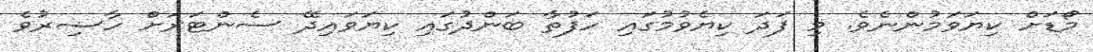
މޯޑަށް ކިޔަވަމުންނެވެ. މި ފަދަ ކިޔެވުމުގައި ހަފުތާ ބަންދުގައި ކިޔަވައިދޭ ސެންޓަރަށް ހާޟިރުވެ